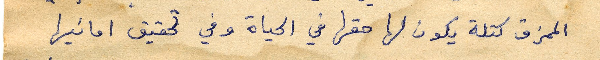
الممزق كتلة يكون لها حقها في الحياة وفي تحقيق امانيها